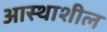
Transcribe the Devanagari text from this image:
आस्थाशील